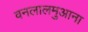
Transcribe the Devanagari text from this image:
वनलालमुआना